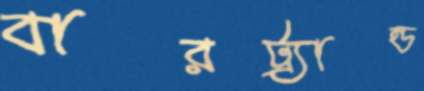
বারট্র্যান্ড